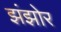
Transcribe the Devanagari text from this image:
झंझोर